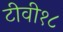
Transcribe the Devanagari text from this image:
टीवी१८